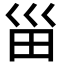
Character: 甾